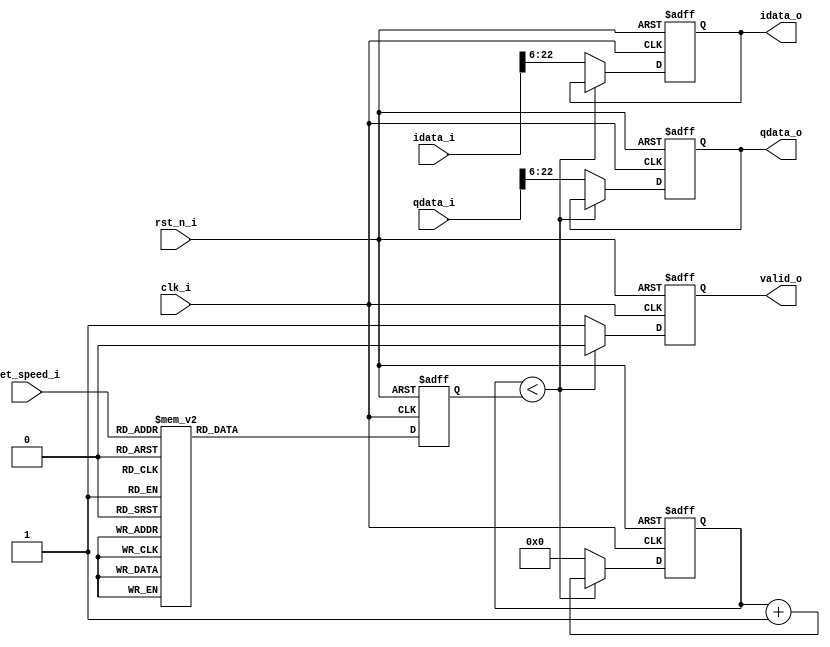
//created by zhouhang 20170504
//
//v1.0.0508

module Data_Sample(
	clk_i,
	rst_n_i,
	
	set_speed_i,
	
	idata_i,
	qdata_i,
	
	valid_o,
	idata_o,
	qdata_o
);
parameter SET_INPUT_WIDTH = 23;
parameter SET_OUTPUT_WIDTH = 17;

input wire clk_i;
input wire rst_n_i;

input wire [2:0] set_speed_i;

input wire signed [SET_INPUT_WIDTH-1:0] idata_i;
input wire signed [SET_INPUT_WIDTH-1:0] qdata_i;

output reg valid_o;
output reg signed [SET_OUTPUT_WIDTH-1:0] idata_o;
output reg signed [SET_OUTPUT_WIDTH-1:0] qdata_o; 

//
//000 64K:25M/16
//001 137K:25M/8
//010 174K:25M/4
//011 320K:25M/2
//100 128K:25M/8
//101 274K:25M/4
//110 349K:25M/2
//111 640K:25M/1

reg [3:0] sample_rate;
reg [3:0] cnt_sample;
always@(posedge clk_i,negedge rst_n_i)
	begin
	if(!rst_n_i)
		begin
		sample_rate <= 4'd0;
		end
	else
		begin
		case(set_speed_i)
		3'b000:
			sample_rate <= 4'd9;
		3'b001:
			sample_rate <= 4'd4;
		3'b010:
			sample_rate <= 4'd3;
		3'b011:
			sample_rate <= 4'd1;
		3'b100:
			sample_rate <= 4'd4;
		3'b101:
			sample_rate <= 4'd2;
		3'b110:
			sample_rate <= 4'd1;
		3'b111:
			sample_rate <= 4'd0;
		endcase
		end
	end

always@(posedge clk_i,negedge rst_n_i)
	begin
	if(!rst_n_i)
		begin
		cnt_sample <= 4'd0;
		valid_o <= 1'b0;
		idata_o <= {SET_OUTPUT_WIDTH{1'b0}};
		qdata_o <= {SET_OUTPUT_WIDTH{1'b0}};
		end
	else
		begin
		if(cnt_sample < sample_rate)
			begin
			cnt_sample <= cnt_sample + 4'd1;
			valid_o <= 1'b0;
			end
		else
			begin
			cnt_sample <= 3'd0;
			valid_o <= 1'b1;
			idata_o <= idata_i[SET_INPUT_WIDTH-1:(SET_INPUT_WIDTH-SET_OUTPUT_WIDTH)];
			qdata_o <= qdata_i[SET_INPUT_WIDTH-1:(SET_INPUT_WIDTH-SET_OUTPUT_WIDTH)];
			end
		end
	end

endmodule